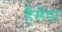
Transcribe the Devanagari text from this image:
हैसेंडा